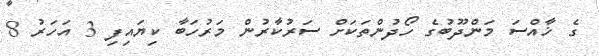
ގެ ޚާއްސަ މަންދޫބުގެ ހޯދުންތަކަށް ސަރުކާރުން މަރުހަބާ ކިޔައިފި 3 އަހަރު 8